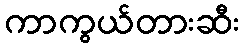
ကာကွယ်တားဆီး